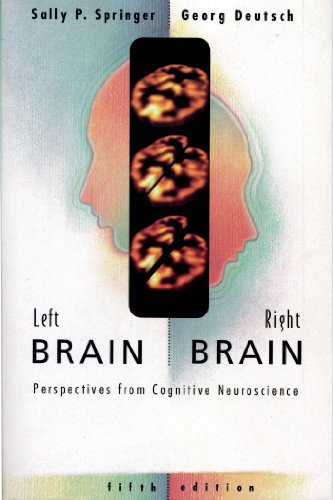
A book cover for Left Brain, Right Brain: Perspectives From Cognitive Neuroscience (Series of Books in Psychology); Sally P. Springer; Medical Books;